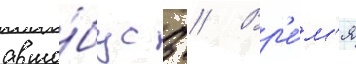
авто́бус 3 // Вр'е́м'я